Annual statistical returns and brief notes on vaccination in Bengal - 1887-1898
Year: 1887
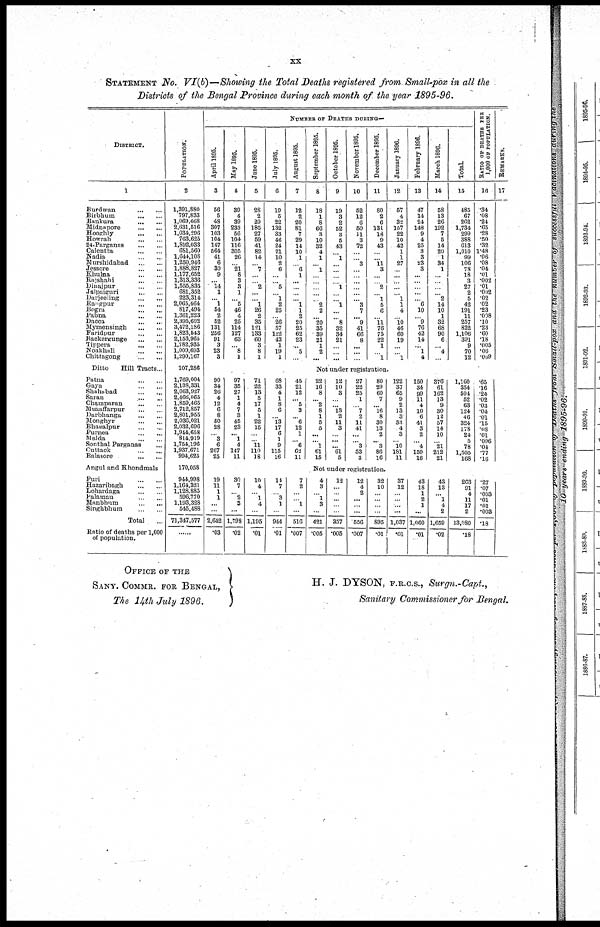
xx
STATEMENT No. VI(b)—Showing the Total Deaths registered from Small-pox in all the
Districts of the Bengal Province during each month of the year 1895-96.
DISTRICT.
1
Burdwan...
Birbhum...
Bankura...
Midnapore...
Hooghly...
Howrah...
24-Parganas...
Calcutta...
Nadia...
Murshidabad...
Jessore...
Khulna...
Rajshahi...
Dinajpur...
Jalpaiguri...
Darjeeling...
Rangpur...
Bogra...
Pabna...
Dacca...
Mymensingh...
Faridpur...
Backergunge...
Tippera...
Noakhali...
Chittagong...
Ditto
Hill Tracts...
Patna...
...
Gaya...
...
Shahabad...
...
Saran...
...
Champaran... ...
Muzaffarpur...
...
Darbhanga...
...
Monghyr...
...
Bhagalpur...
...
Purnea...
...
Malda...
...
Sonthal Parganas...
Cuttack...
Balasore...
Angul and Khondmals...
Puri...
Hazaribagh...
Lohardaga...
Palamau...
Manbhum...
...
Singhbhum...
...
Total...
Ratio of deaths per 1,000
of population.
POPULATION.
2
1,891,880
797,833
1,069,668
2,631,516
1,034,206
763,625
1,892,033
681,560
1,644,108
1,250,946
1,888,827
1,177,652
1,313,336
1,555,835
681,352
223,314
2,065,464
817,494
1,361,223
2,395,602
3,472,186
1,823,543
2,153,965
1,782,935
1,009,693
1,290,167
107,286
1,769,004
2,138,331
2,063,927
2,466,065
1,859,465
2,712,857
2,801,955
2,036,021
2,032,696
1,944,658
814,919
1,754,196
1,937,671
994,625
170,058
944,998
1,164,321
1,128,885
596,770
1,193,328
545,488
71,347,577
...
NUMBER OF DEATHS DURING—
April 1895.
3
56
5
48
307
103
104
147
564
41
6
30
9
... 14
1
...
1
54
2
52
131
256
91
3
23
3
90
34
26
4
12
6
8
50
28
...
3
6
267
25
19
11
1
1
...
...
2,642
.03
May 1895.
4
39
4
39
233
56
104
116
305
26
...
21
8
3
3
1
...... 5
46
4
25
114
127
63
...
8
1
97
35
27
1
4
7
3
45
23
... 1
4
147
11
30
7
... 2
3
...
1,798
.02
June 1895.
5
28
2
29
185
27
59
41
82
14
...
7
...
...
2
...
...
1
26
2
35
121
133
60
3
8
1
71
22
13
5
17
5
1
22
15
...
...
11
110
18
10
4
...
1
4
...
1,195
.01
July 1895.
6
19
5
22
132
33
46
24
21
10
2
6
...
...
5
...
1
2
25
...
26
57
122
43
1
19
1
68
33
4
1
8
6
...
13
17
6
1
9
115
16
14
7
...
3
1
...
944
.01
August 1895.
7
12
2
20
81
7
29
14
10
1
...
6
1
...
... ...
... 1
1
2
20
25
62
23
...
5
...
45
21
12
...
5
3
...
6
12
1
...
6
62
11
7
2
...
...
1
...
516
.007
September 1895.
8
18
1
8
66
3
10
32
4
1
...
1
...
...
...
...
...
2
2
...
20
35
.39
21
1
2
...
October 1895.
9
19
3
2
52
3
5
43
...
1
...
...
...
...
1
...
...
1
...
...
8
32
34
21
...
...
...
November 1895.
10
52
12
6
50
11
3
72
...
...
3
...
...
...
...
...
...
3
7
...
9
41
66
8
...
...
...
December 1895.
11
80
2
6
131
18
9
43
...
...
11
3
...
...
2
...
1
5
6
...
11
76
75
22
1
...
1
Not under registration
22
16
8
...
2
8
1
5
5
...
...
1
61
15
12
27
10
3
...
...
13 2
11
3
...
...
...
61
5
22
25
1
...
7
2
11
41
...
...
3
53
3
80
29
60
7
...
16 8
30
13
2
...
3
86
16
Not under registration.
4
3
...
1
3
...
421
.005
12
...
...
...
...
...
357
.005
12
4
2
...
...
...
556
.007
32
10
...
...
...
...
895
.01
January 1896.
12
57
4
32
157
22
10
42
1
1
27
...
...
...
...
...
1
1
4
...
10 46
60
19
...
...
1
122
37
65
9
2
13
3
33
4
3
...
10
181
11
37
12
...
...
...
...
1,037
.01
February 1896.
13
47
14
24
148
9
4
25
3
3
23
3
...
...
...
...
...
6
10
...
9
76
42
14
... 1
4
150
34
99
11
4
10
6
41
3
2
...
4
150
16
43
18
1
2
1
...
1,060
.01
March 1896.
14
58
13
26
192
7
5
14
20
1
34
1
...
...
...
... 2
14
10
1
32
68
90
6
...
4
...
376
61
162
13
9
30
12
57
14
10
...
21
212
21
43
13
...
1
4
2
1,659
.02
Total.
15
485
67
262
1,734
209
388
613
1,010
99
106
78
18
3
27
2
5
42
191
11
257
822
1,106
391
9
70
12
1,160
354
504
52
63
124
46
324
178
24
5
78
1,505
168
263
91
4
11
17
2
13,080
.18
RATIO OF DEATHS PER
1,000 OF POPULATION.
16
.34
.08
.24
.65
.28
.50
.32
1.48
.06
.08
.04
.01
.002
.01
.002
.02
.02
.23
.008
.10
.23
.60
.18
.005
.06
.009
.65
.16
.24
.02
.03
.04
.01
.15
.08
.01
.006
.04
.77
.16
.27
.07
.003
.01
.01
.003
.18
REMARKS.
17
OFFICE OF THE
SANY. COMMR. FOR BENGAL,
The 14th July 1896.
H. J. DYSON, F.R.C.S., Surgn.-Capt.,
Sanitary Commissioner for Bengal.